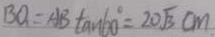
B O = A B \tan 6 0 ^ { \circ } = 2 0 \sqrt { 3 } c m